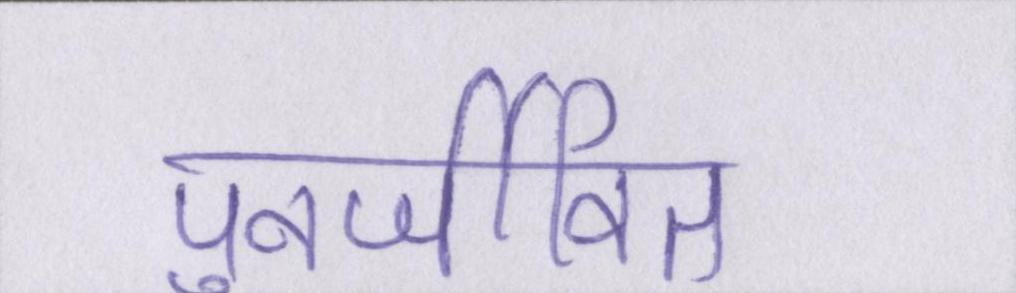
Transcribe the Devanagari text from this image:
पुनर्जीवित